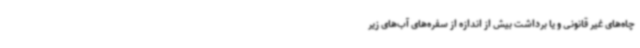
چاه‌های غیر قانونی و یا برداشت بیش از اندازه از سفره‌های آب‌های زیر